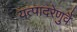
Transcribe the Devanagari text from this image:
यत्पादरेणुर्वै